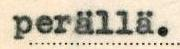
perällä.